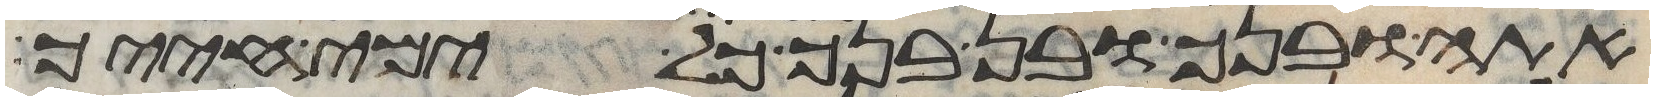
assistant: אתה ובנך ובן בנך כל ימי חייך